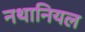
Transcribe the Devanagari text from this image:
नथानियल